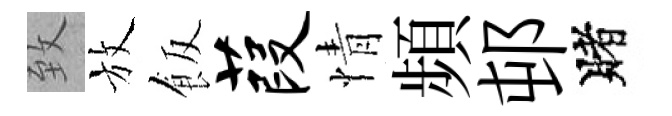
致放飯葭情頻邨賭